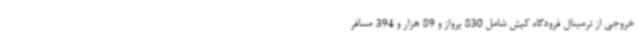
خروجی از ترمینال فرودگاه کیش شامل 830 پرواز و 89 هزار و 394 مسافر